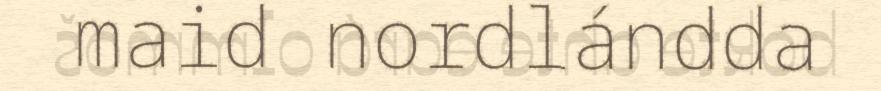
maid nordlándda